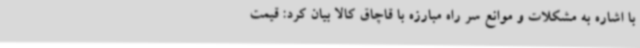
با اشاره به مشکلات و موانع سر راه مبارزه با قاچاق کالا بیان کرد: قیمت